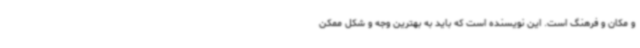
و مکان و فرهنگ است. این نویسنده است که باید به بهترین وجه و شکل ممکن